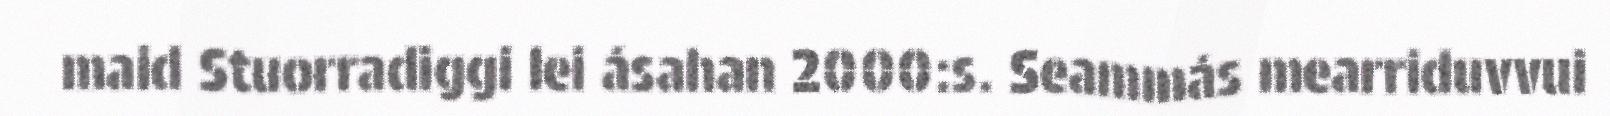
maid Stuorradiggi lei ásahan 2000:s. Seammás mearriduvvui